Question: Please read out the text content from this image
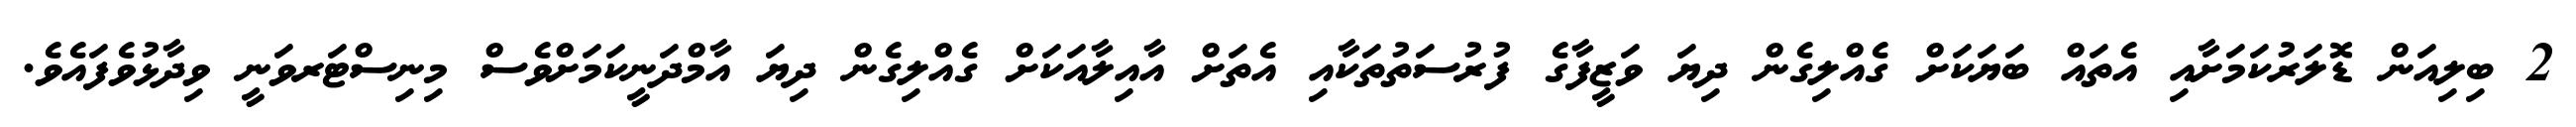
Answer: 2 ބިލިއަން ޑޮލަރުކަމަށާއި އެތައް ބަޔަކަށް ގެއްލިގެން ދިޔަ ވަޒީފާގެ ފުރުސަތުތަކާއި އެތަށް އާއިލާއަކަށް ގެއްލިގެން ދިޔަ އާމްދަނީކަމަށްވެސް މިނިސްޓަރވަނީ ވިދާޅުވެފައެވެ.